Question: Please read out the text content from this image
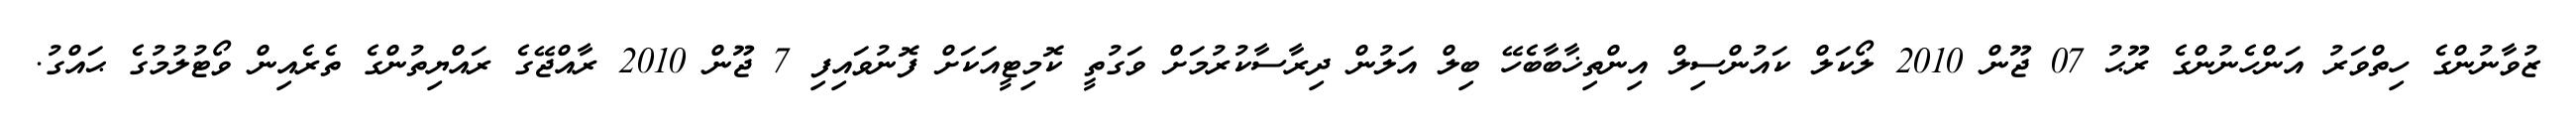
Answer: ޒުވާނުންގެ ހިތްވަރު އަންހެނުންގެ ރޫޙު 07 ޖޫން 2010 ލޯކަލް ކައުންސިލް އިންތިޚާބާބެހޭ ބިލް އަލުން ދިރާސާކުރުމަށް ވަގުތީ ކޮމިޓީއަކަށް ފޮނުވައިފި 7 ޖޫން 2010 ރާއްޖޭގެ ރައްޔިތުންގެ ތެރެއިން ވޯޓުލުމުގެ ޙައްގު.